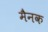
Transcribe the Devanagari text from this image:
मैनक